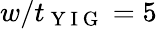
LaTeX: w/t_{\mathrm{~Y~I~G~}}=5